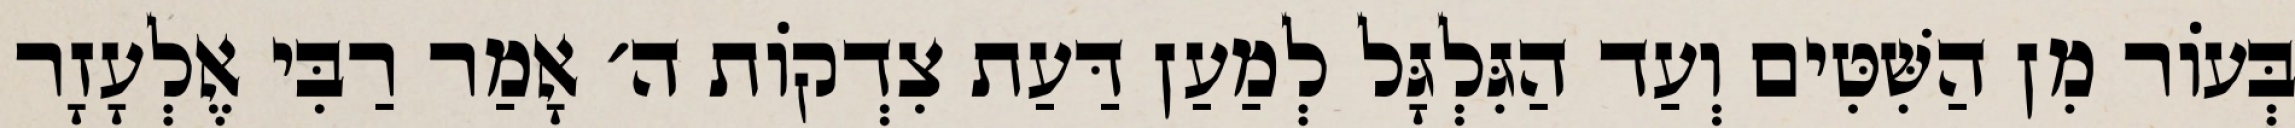
בְּעוֹר מִן הַשִּׁטִּים וְעַד הַגִּלְגָּל לְמַעַן דַּעַת צִדְקוֹת ה׳ אָמַר רַבִּי אֶלְעָזָר